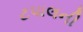
ટપાલની